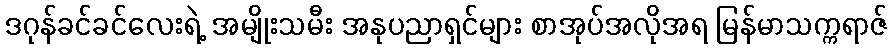
ဒဂုန်ခင်ခင်လေးရဲ့ အမျိုးသမီး အနုပညာရှင်များ စာအုပ်အလိုအရ မြန်မာသက္ကရာဇ်